Leaving Certificate Examination (including Day School Certificate (Higher) General paper), 1935
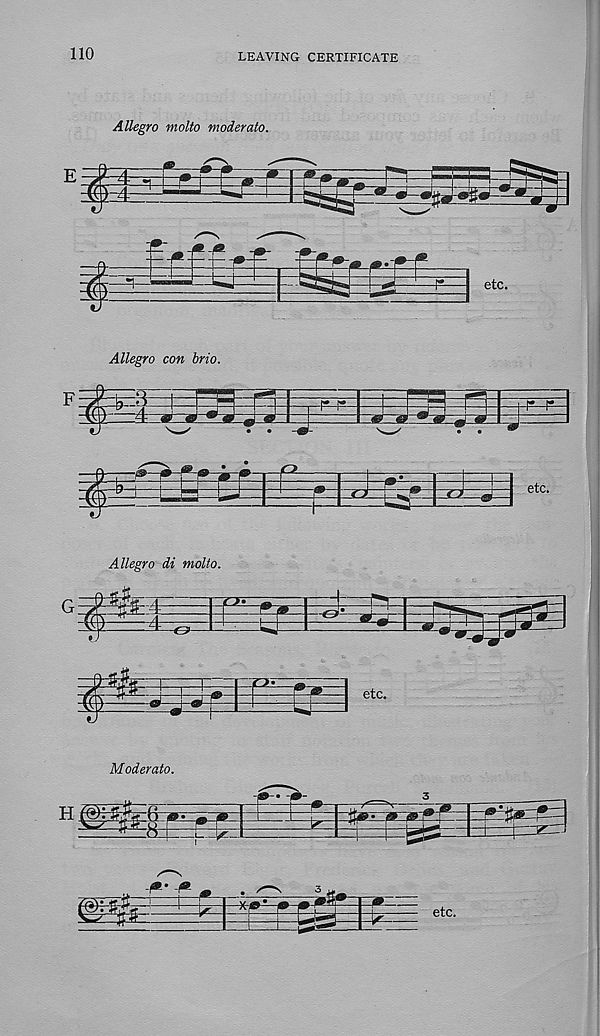
110
LEAVING CERTIFICATE
Allegro molto moderate.
Allegro con brio.
Allegro di molto.
Moderate.